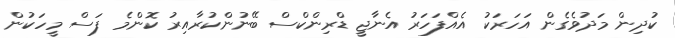
ކުދިން މަދުވެގެން އަހަރަކު އެއްފަހަރު އެނާޖީ ޑްރިންކްސް ބޭނުންކުރާއިރު ކޮންމެ ފަސް މީހަކުން